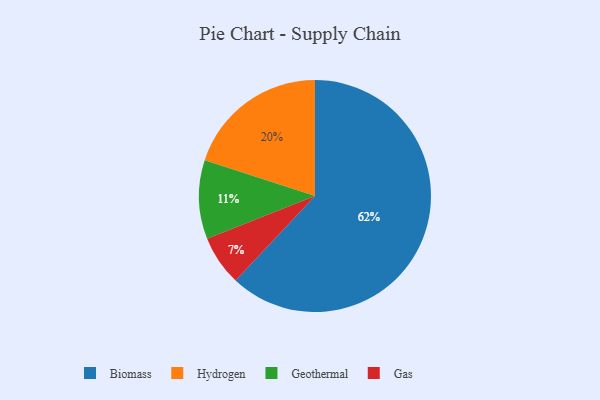
{"axis": {"x": "Category", "y": "Percentage"}, "legend": ["Biomass", "Gas", "Geothermal", "Hydrogen"], "data": [{"x": "Geothermal", "y": 11, "type": "Geothermal"}, {"x": "Biomass", "y": 62, "type": "Biomass"}, {"x": "Hydrogen", "y": 20, "type": "Hydrogen"}, {"x": "Gas", "y": 7, "type": "Gas"}]}